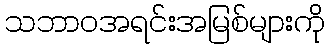
သဘာဝအရင်းအမြစ်များကို